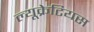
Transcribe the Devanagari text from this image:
ल्यूक्रेटियस